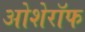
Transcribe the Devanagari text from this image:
ओशेरॉफ